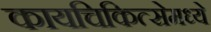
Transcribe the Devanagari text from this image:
कायचिकित्सेमध्ये